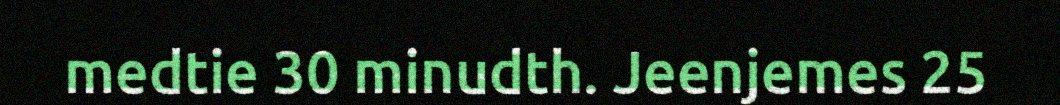
medtie 30 minudth. Jeenjemes 25